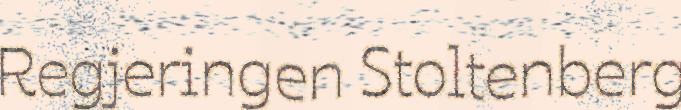
Regjeringen Stoltenberg